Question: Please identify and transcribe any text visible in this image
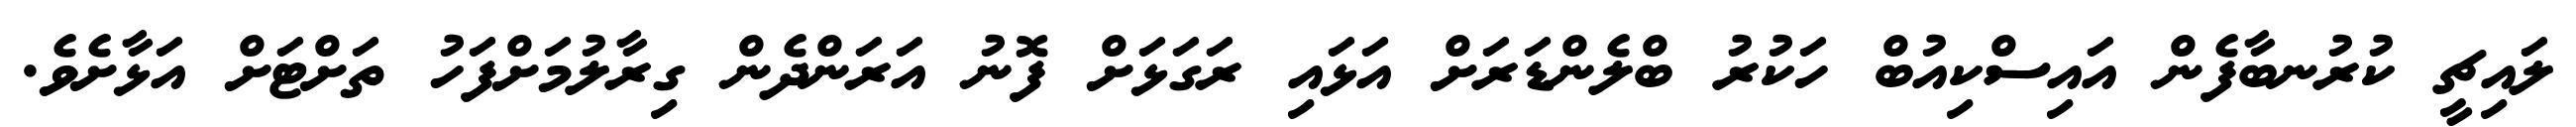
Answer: ލައިޗީ ކުރުނބާފެން އައިސްކިއުބް ހަކުރު ބްލެންޑަރަށް އަޅައި ރަގަޅަށް ފޮނު އަރަންދެން ގިރާލުމަށްފަހު ތަށްޓަށް އަޅާށެވެ.